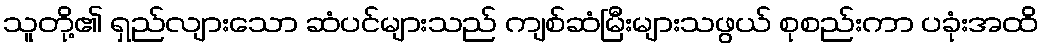
သူတို့၏ ရှည်လျားသော ဆံပင်များသည် ကျစ်ဆံမြီးများသဖွယ် စုစည်းကာ ပခုံးအထိ